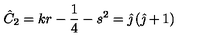
\hat { C } _ { 2 } = k r - \frac { 1 } { 4 } - s ^ { 2 } = \hat { \jmath } \left( \hat { \jmath } + 1 \right)